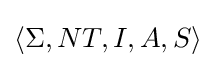
\langle \Sigma ,NT,I,A,S\rangle